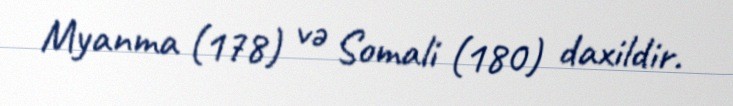
Myanma (178) və Somali (180) daxildir.